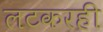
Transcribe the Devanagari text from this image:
लटकरही